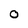
Character: 0